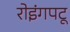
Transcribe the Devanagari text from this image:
रोइंगपटू